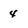
Character: 4